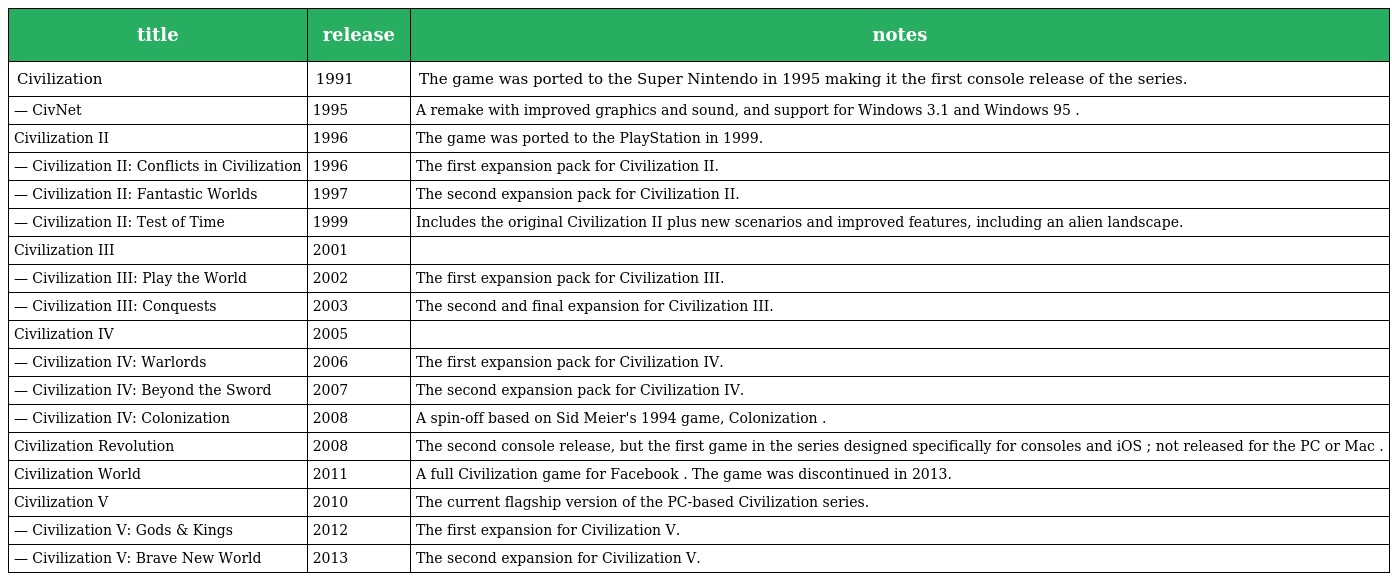
| title | release | notes |
 | --- | --- | --- |
 | Civilization | 1991 | The game was ported to the Super Nintendo in 1995 making it the first console release of the series. |
 | — CivNet | 1995 | A remake with improved graphics and sound, and support for Windows 3.1 and Windows 95 . |
 | Civilization II | 1996 | The game was ported to the PlayStation in 1999. |
 | — Civilization II: Conflicts in Civilization | 1996 | The first expansion pack for Civilization II. |
 | — Civilization II: Fantastic Worlds | 1997 | The second expansion pack for Civilization II. |
 | — Civilization II: Test of Time | 1999 | Includes the original Civilization II plus new scenarios and improved features, including an alien landscape. |
 | Civilization III | 2001 |  |
 | — Civilization III: Play the World | 2002 | The first expansion pack for Civilization III. |
 | — Civilization III: Conquests | 2003 | The second and final expansion for Civilization III. |
 | Civilization IV | 2005 |  |
 | — Civilization IV: Warlords | 2006 | The first expansion pack for Civilization IV. |
 | — Civilization IV: Beyond the Sword | 2007 | The second expansion pack for Civilization IV. |
 | — Civilization IV: Colonization | 2008 | A spin-off based on Sid Meier's 1994 game, Colonization . |
 | Civilization Revolution | 2008 | The second console release, but the first game in the series designed specifically for consoles and iOS ; not released for the PC or Mac . |
 | Civilization World | 2011 | A full Civilization game for Facebook . The game was discontinued in 2013. |
 | Civilization V | 2010 | The current flagship version of the PC-based Civilization series. |
 | — Civilization V: Gods & Kings | 2012 | The first expansion for Civilization V. |
 | — Civilization V: Brave New World | 2013 | The second expansion for Civilization V. |